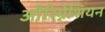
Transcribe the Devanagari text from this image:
औरिग्नेशियन